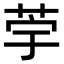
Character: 荢